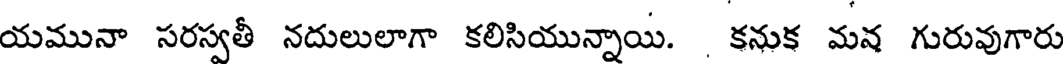
యమునా సరస్వతీ నదులులాగా కలిసియున్నాయి. కనుక మన గురువుగారు